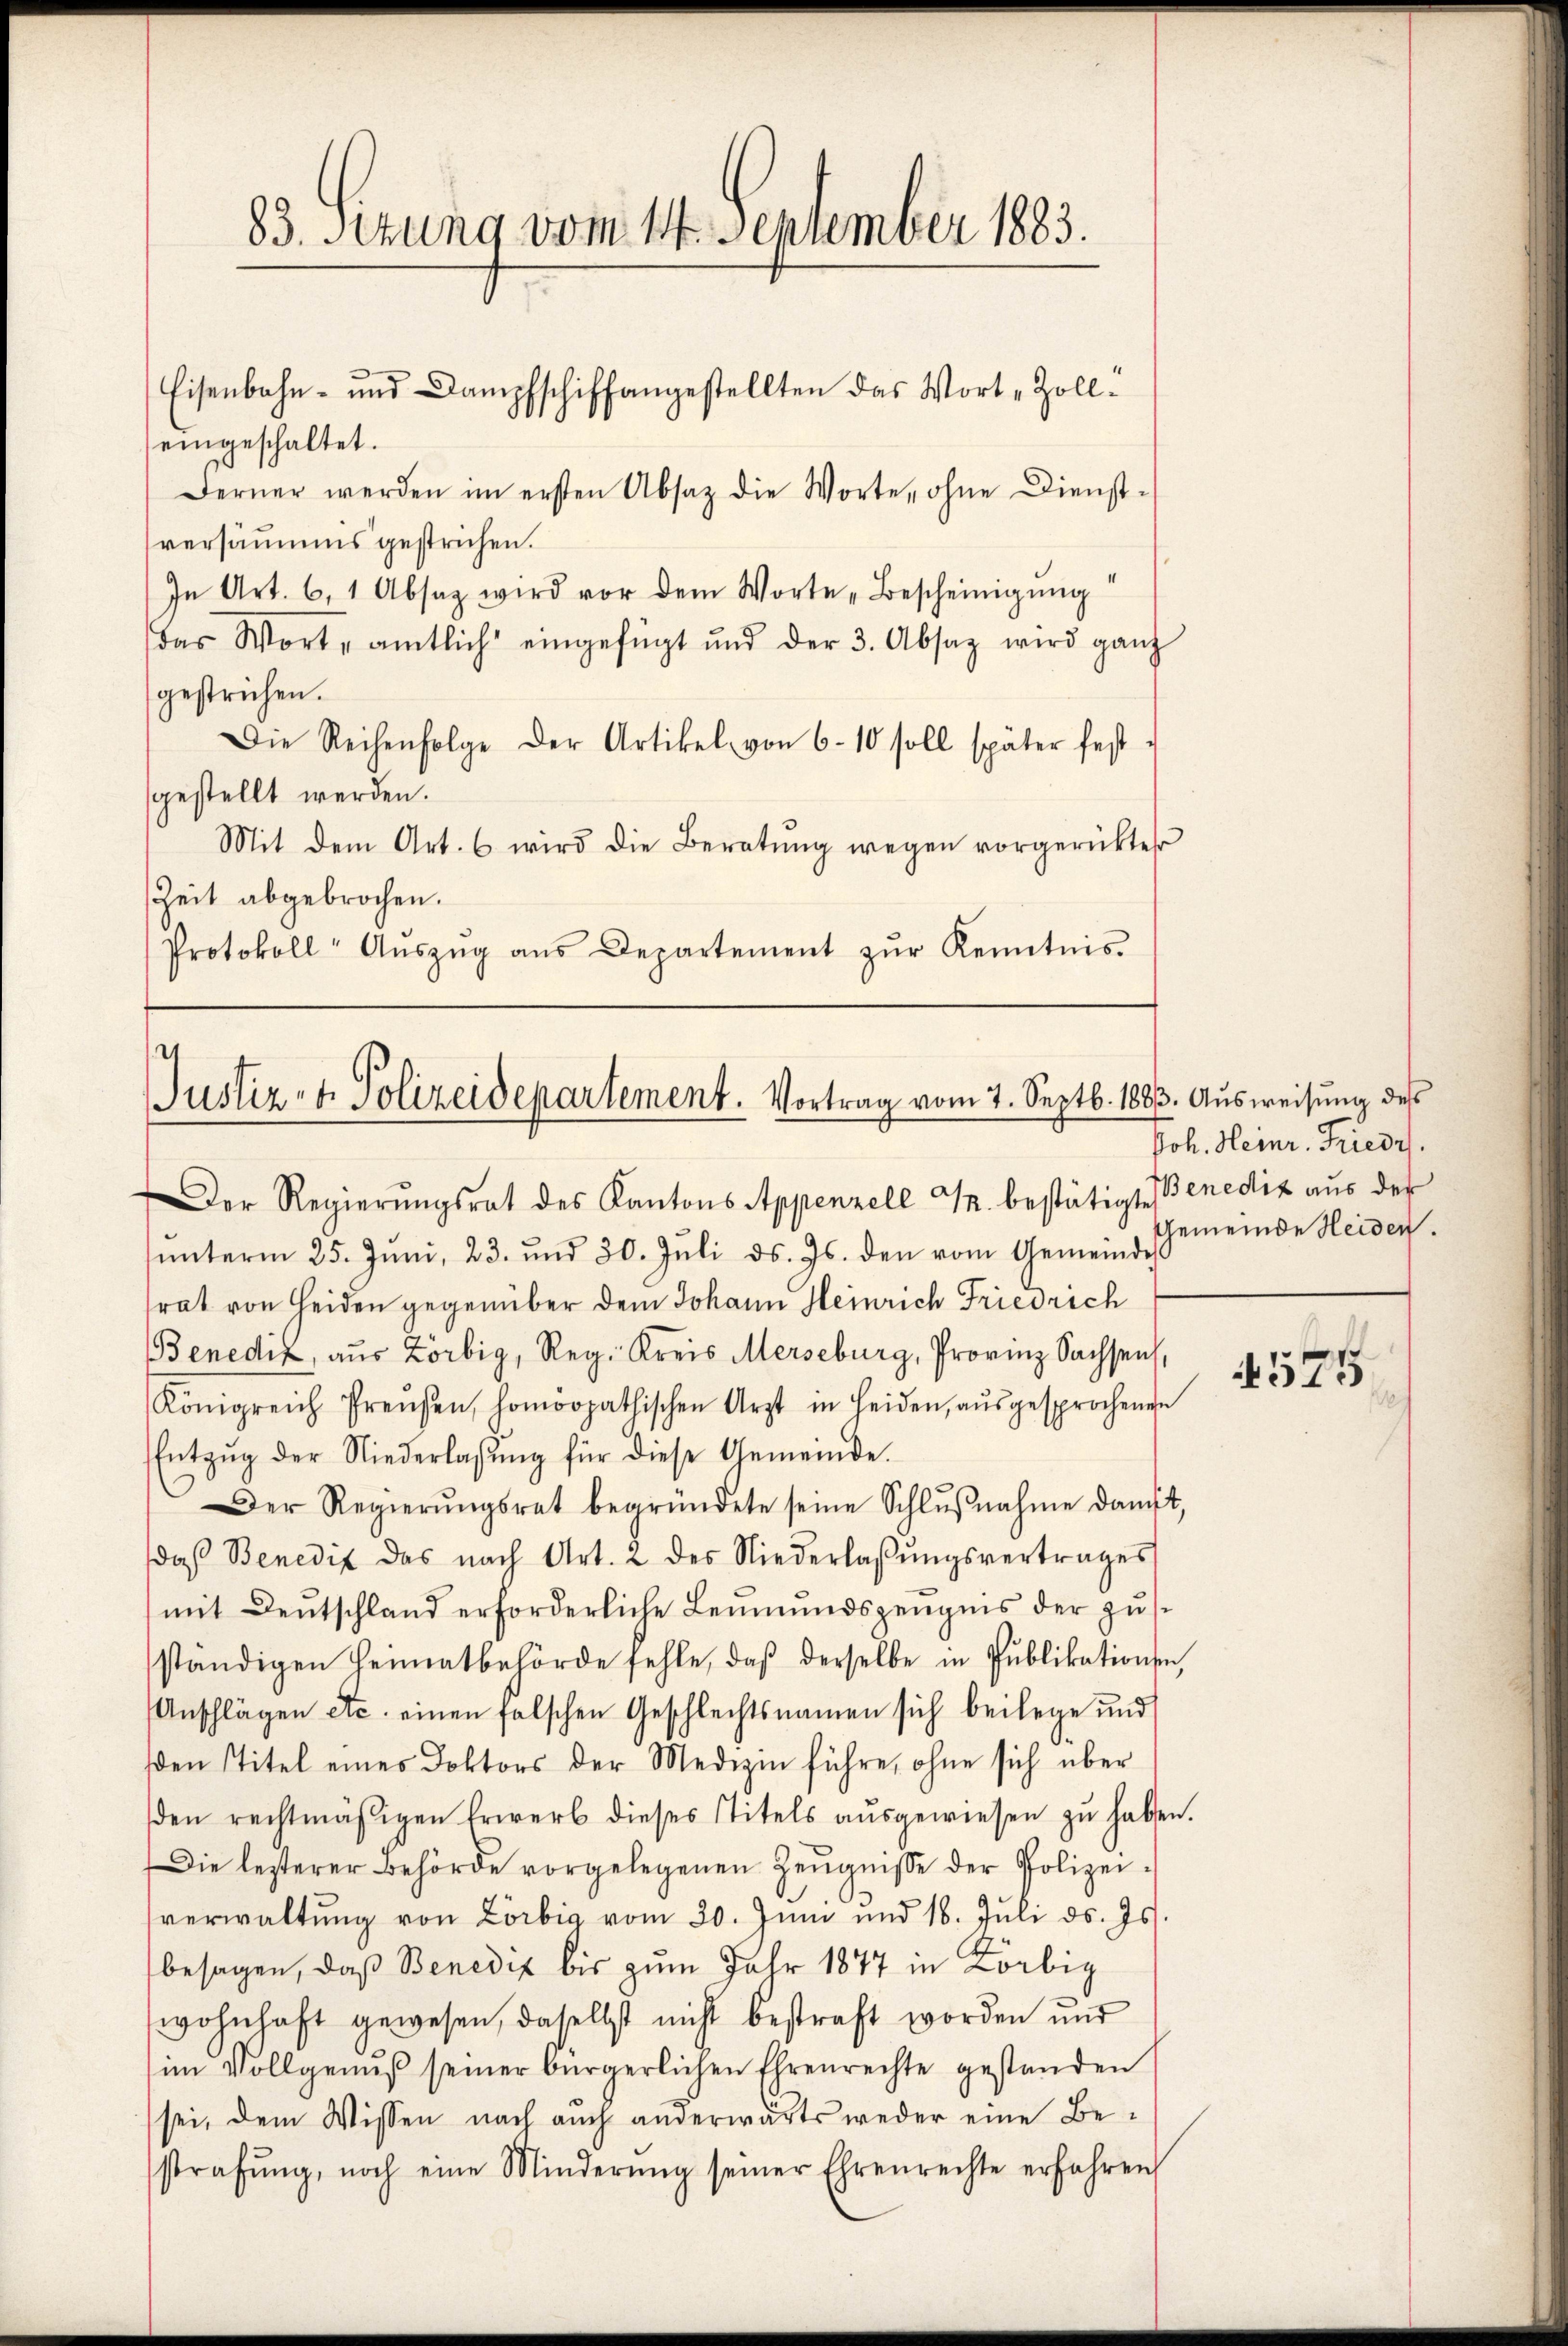
83. Setzung vom 14. September 1883.

Eisenbahn- und Dampfschiffangestellten das Wort „Zolleingeschaltet.
Ferner werden im ersten Absatz die Worte, ohne Dienst-
versammes gestrichen.
In Art. 61 Absaz wird vor dem Worte „Bescheinigung
das Worte amtlich eingefügt und der 3. Absaz wird ganz
gestrichen.
Die Reihenfolge der Artikel von 6 10 soll später fest-
gestellt werden.
Mit dem Art. 6 wird die Beratŭng wegen vorgerückter
Zeit abgebrochen.
Protokoll- Aŭszŭg aŭs Departement zŭr Kenntnis.

Justiz- & Polizeidepartement. Vortrag vom 7. Septb. 1883. Aŭsweisung des

Der Regierŭngsrat des Kantons Appenzell M. bestätigte Benedix aŭs der
ŭnterm 25. Jŭni, 23. und 30. Jŭli d. Js. den vom Gemeindes
rat von Heiden gegenüber dem Johann Heinrich Friedrich
Benediz, aus Zörbig, Reg. Kreis Merseburg, Provinz Sachsens,
Königreich Preŭsen, homöopathischen Arzt in Heiden aŭsgesprochenen
Entzŭg der Niederlassŭng für diese Gemeinde.
Der Regierŭngsrat begründete seine Schlŭβnahme damit,
daβ Benedit das nach Art. 2 des Niederlaβŭngsvertrages
mit Deutschland erforderliche Leŭmundszeŭgnis der zusständigen Heimatbehörde fehle, daβ derselbe in Pŭblikationsen,
Anschlägen etc. einen falschen Geschlechtsnamen sich beilege und
sden Titel eines Doktors der Medizin führe, ohne sich über
den rechtmäßigen Erwerb dieses Titels aŭsgewiesen zŭ haben.
Die lezterer Behörde vorgelegenen Zeugnisse der Polizeiverwaltŭng von Lörbig vom 20. Juni und 18. Juli d. Js.
besagen, daß Benedix bis zum Jahr 1877 in Körbig
wohnhaft gewesen, daselbst nicht bestraft worden und
im Vollgenŭβ seiner bürgerlichen Ehrenrechte gestanden
sei, dem Wissen nach auch anderwärts weder eine Bestrafŭng, noch eine Minderŭng seiner Ehrenrechte erfahren

Joh. Heinr. Friedr.
Gemeinde Heiden.

574